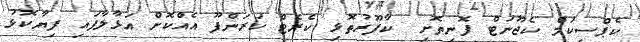
ކެޕްސިކަމް ކެޖޫނަޓް ފޮނިތޮށި  ކާފޫރުތޮޅި ކެރެޓް ކަރަންފޫ އެއްކޮށް އަޅާލާފައި ފިޔާކޮޅު